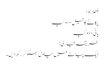
چِھلا ہوا
پکانے کا تیل- دو کپ
پانی- دو کپ
طریقہِ تیاری:
ایک پیالے میں چاول بھگو کر رکھ دیں۔